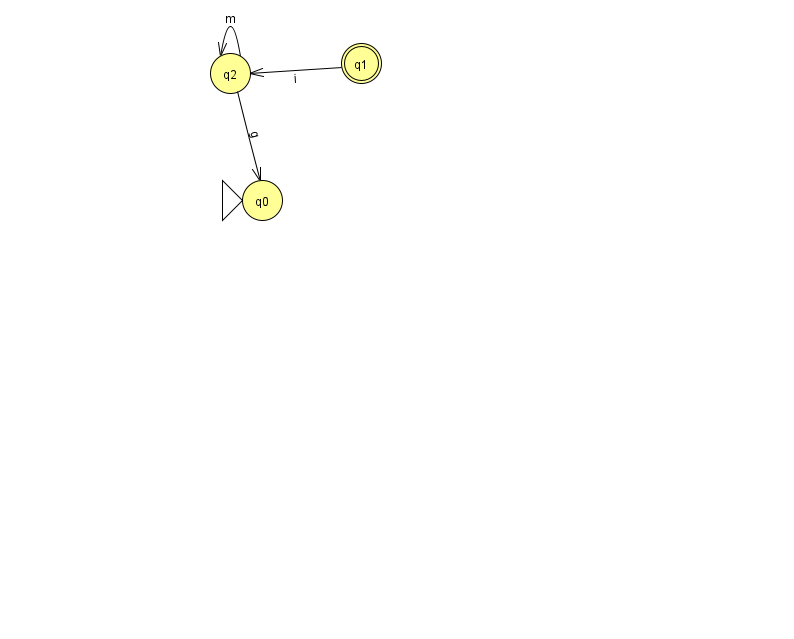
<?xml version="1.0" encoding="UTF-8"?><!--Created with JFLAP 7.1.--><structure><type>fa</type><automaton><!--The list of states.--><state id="0" name="q0"><x>262.0</x><y>187.0</y><initial/></state><state id="1" name="q1"><x>361.0</x><y>50.0</y><final/></state><state id="2" name="q2"><x>230.0</x><y>60.0</y></state><!--The list of transitions.--><transition><from>2</from><to>0</to><read>g</read></transition><transition><from>2</from><to>2</to><read>m</read></transition><transition><from>1</from><to>2</to><read>i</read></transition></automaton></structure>